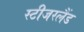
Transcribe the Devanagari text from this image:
स्टीजरलैंड